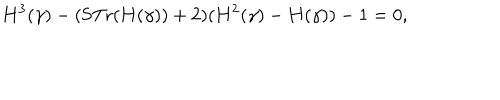
LaTeX: { \bf H } ^ { 3 } ( \gamma ) - ( \mathrm { S T r } ( { \bf H } ( \gamma ) ) + 2 ) ( { \bf H } ^ { 2 } ( \gamma ) - { \bf H } ( \gamma ) ) - 1 = 0 ,